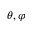
\theta , \varphi